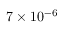
7 \times 1 0 ^ { - 6 }